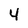
Character: 4